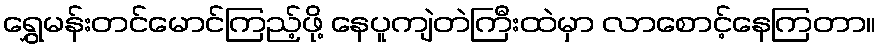
ရွှေမန်းတင်မောင်ကြည့်ဖို့ နေပူကျဲတဲကြီးထဲမှာ လာစောင့်နေကြတာ။